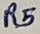
Text: R5